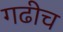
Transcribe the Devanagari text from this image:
गढीच